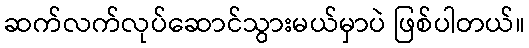
ဆက်လက်လုပ်ဆောင်သွားမယ်မှာပဲ ဖြစ်ပါတယ်။